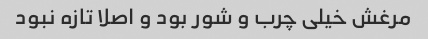
مرغش خیلی چرب و شور بود و اصلا تازه نبود